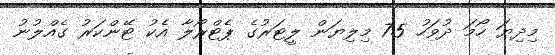
މިދިޔަ ހޯމަ ދުވަހު 7.5 މިލިޔަން ލީޓަރުގެ ޕެޓްރޯލާ އެކު ޓޭންކަރު ގެއްލުނު